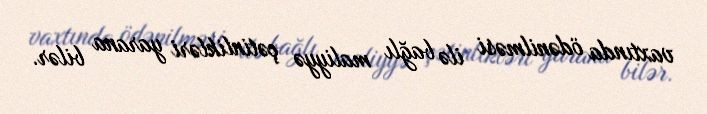
vaxtında ödənilməsi ilə bağlı maliyyə çətinlikləri yarana bilər.